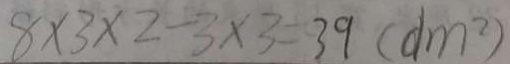
8 \times 3 \times 2 - 3 \times 3 = 3 9 ( d m ^ { 2 } )